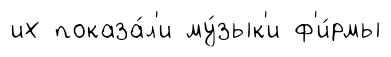
их показа́л'и му́зык'и ф'и́рмы